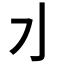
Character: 𰛄